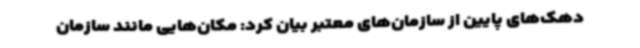
دهک‌های پایین از سازمان‌های معتبر بیان کرد: مکان‌هایی مانند سازمان